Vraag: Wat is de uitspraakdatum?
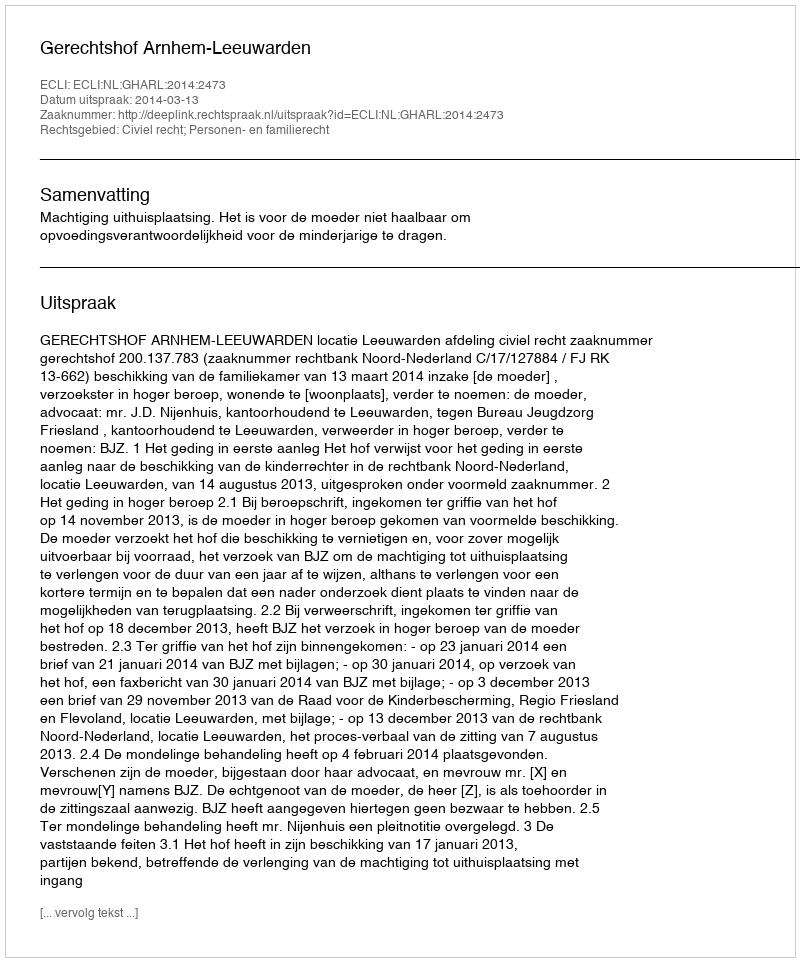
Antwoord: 2014-03-13